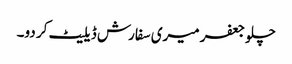
چلو جعفر میری سفارش ڈیلیٹ کر دو۔